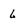
Character: 6